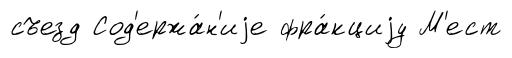
съезд Сод'ержа́н'иjе фра́кциjу М'ест